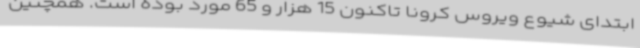
ابتدای شیوع ویروس کرونا تاکنون 15 هزار و 65 مورد بوده است. همچنین